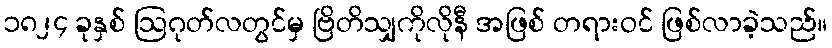
၁၈၂၄ ခုနှစ် ဩဂုတ်လတွင်မှ ဗြိတိသျှကိုလိုနီ အဖြစ် တရားဝင် ဖြစ်လာခဲ့သည်။